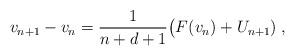
LaTeX: \begin{align*}v_{n+1}-v_n&=\frac{1}{n+d+1}\big( F(v_n)+U_{n+1} )\;,\end{align*}